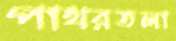
পাথরতলা